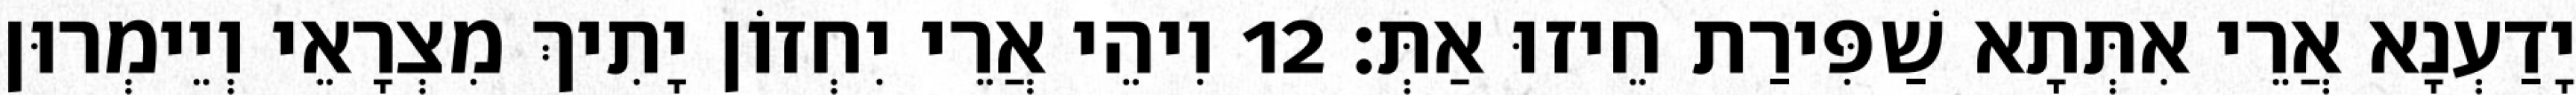
יָדַעְנָא אֲרֵי אִתְּתָא שַׁפִּירַת חֵיזוּ אַתְּ׃ 12 וִיהֵי אֲרֵי יִחְזוֹן יָתִיךְ מִצְרָאֵי וְיֵימְרוּן